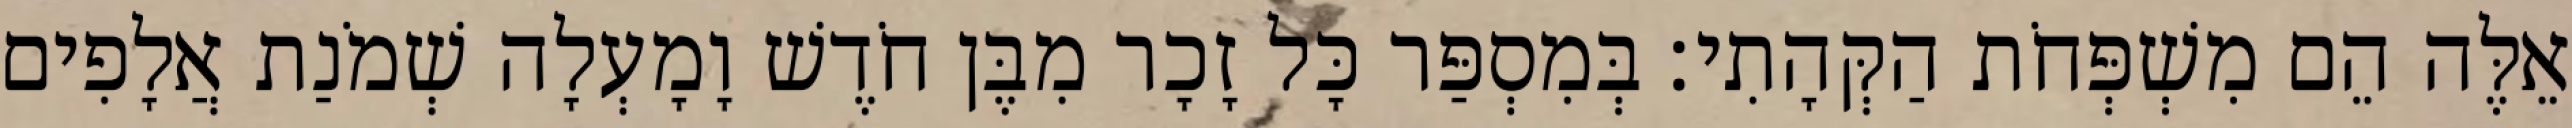
אֵלֶּה הֵם מִשְׁפְּחֹת הַקְּהָתִי׃ בְּמִסְפַּר כָּל זָכָר מִבֶּן חֹדֶשׁ וָמָעְלָה שְׁמֹנַת אֲלָפִים